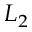
L _ { 2 }